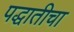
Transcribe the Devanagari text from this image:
पद्धातीचा